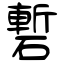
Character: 磛